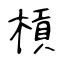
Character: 槓